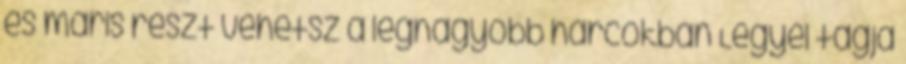
és máris részt vehetsz a legnagyobb harcokban Legyél tagja